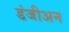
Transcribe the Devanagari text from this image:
डंजीअन